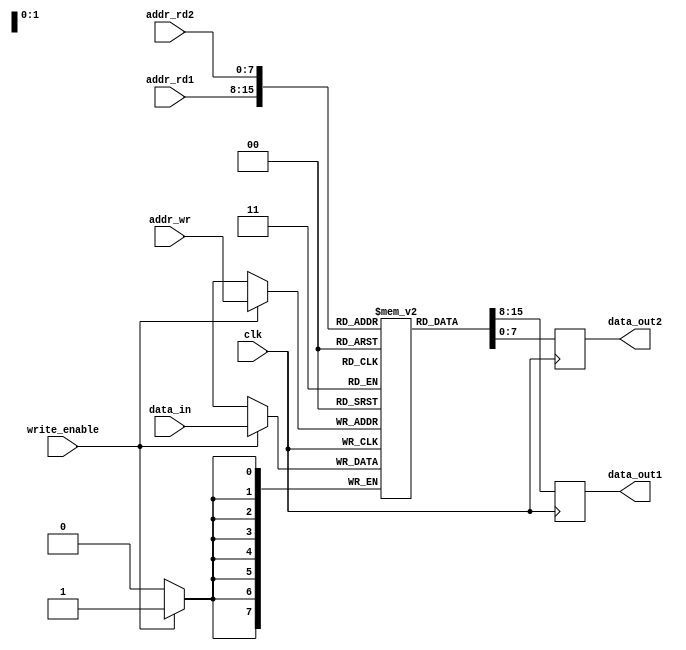
module dual_port_register_file
(
    input wire clk,
    input wire [7:0] addr_rd1,
    input wire [7:0] addr_rd2,
    input wire [7:0] addr_wr,
    input wire write_enable,
    input wire [7:0] data_in,
    output reg [7:0] data_out1,
    output reg [7:0] data_out2
);

reg [7:0] memory [0:255];

always @(posedge clk)
begin
    if (write_enable)
        memory[addr_wr] <= data_in;
    
    data_out1 <= memory[addr_rd1];
    data_out2 <= memory[addr_rd2];
end

endmodule